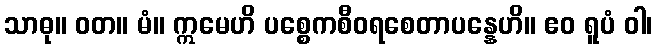
သာဓု။ ဝတ။ မံ။ ဣမေဟိ ပစ္စေကစီဝရစေတာပန္နေဟိ။ ဧဝ ရူပံ ဝါ၊